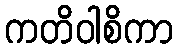
ကတိဝါစိကာ